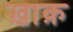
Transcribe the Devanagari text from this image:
ख़ाक़